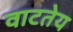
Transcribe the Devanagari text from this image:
वाटतेय